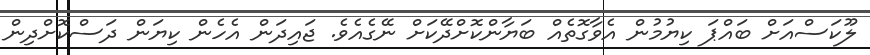
ލޫކަސްއަށް ބައްޕަ ކިޔުމުން އެވާގޮތެއް ބަޔާންކޮށްދޭކަށް ނޭގެއެވެ. ޖައިދަން އެހެން ކިޔަން ދަސްކޮށްދިން